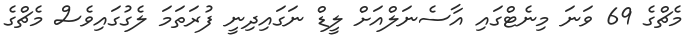
މެޗްގެ 69 ވަނަ މިނެޓްގައި އާސެނަލްއަށް ލީޑް ނަގައިދިނީ ފުރަތަމަ ލެގުގައިވެސް މެޗްގެ